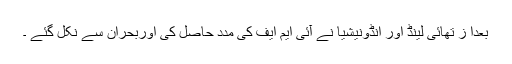
بعدا ز تھائی لینڈ اور انڈونیشیا نے آئی ایم ایف کی مدد حاصل کی اوربحران سے نکل گئے ۔